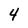
Character: 4